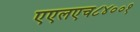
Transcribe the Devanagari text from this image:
एएलएच८४००१